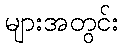
များအတွင်း